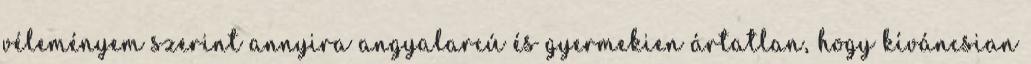
véleményem szerint annyira angyalarcú és gyermekien ártatlan, hogy kíváncsian